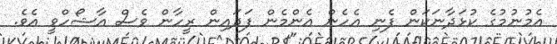
އެމުނުމުގެ ކުޅަދާނަކަން ފެނި އެހެން އެންމެން ފަދައިން ރީހާން ވެސް އާޝޯހްވީ އެވެ.